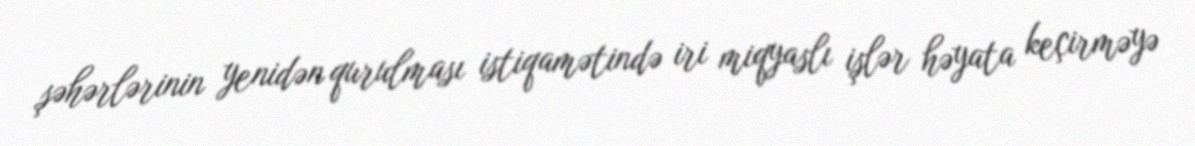
şəhərlərinin yenidən qurulması istiqamətində iri miqyaslı işlər həyata keçirməyə